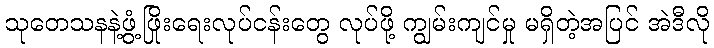
သုတေသနနဲ့ဖွံ့ဖြိုးရေးလုပ်ငန်းတွေ လုပ်ဖို့ ကျွမ်းကျင်မှု မရှိတဲ့အပြင် အဲဒီလို